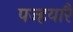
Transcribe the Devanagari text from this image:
पज्हयारै